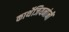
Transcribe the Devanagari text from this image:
कार्थेजियनांनीं